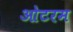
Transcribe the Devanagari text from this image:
ओटरम